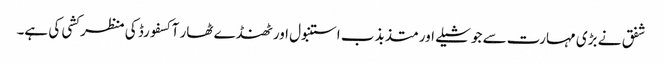
شفق نے بڑی مہارت سے جوشیلے اور متذبذب استنبول اور ٹھنڈے ٹھار آکسفورڈ کی منظر کشی کی ہے۔